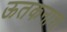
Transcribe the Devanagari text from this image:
ऊतकनाश